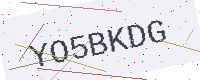
Text: YO5BKDG